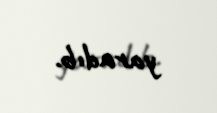
yaradıb.